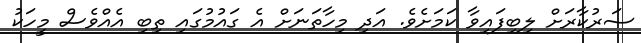
ސަރުކާރަށް ލިބިފައިވާ ކަމަށެވެ. އަދި މިހާތަނަށް އެ ގައުމުގައި ތިބި އެއްވެސް މީހަކު